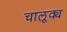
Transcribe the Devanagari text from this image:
चालूक्य